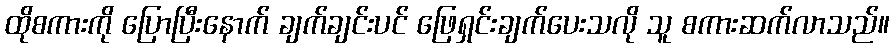
ထိုစကားကို ပြောပြီးနောက် ချက်ချင်းပင် ဖြေရှင်းချက်ပေးသလို သူ စကားဆက်လာသည်။